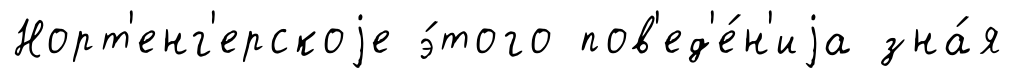
Норт'енг'ерскоjе э́того пов'ед'е́н'иjа зна́я